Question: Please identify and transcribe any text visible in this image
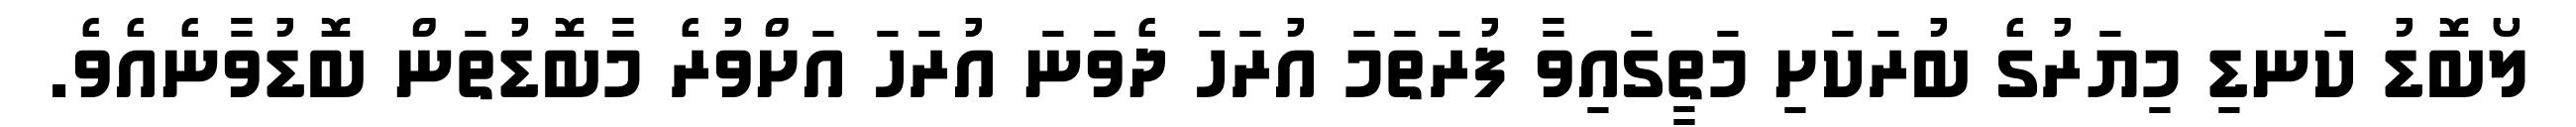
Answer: ލޯބޮޑު ކަނޑި މިޔަރުގެ ބުރަކަށި މަތީގައިވާ ފުރަތަމަ އުރަހަ ދެވަނަ އުރަހަ އަށްވުރެ މާބޮޑުތަން ބޮޑުވާނެއެވެ.